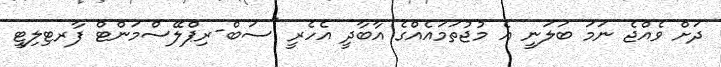
ދަށް ވެއްޖެ ނަމަ ބަލަނީ އެ މުޖުތަމައެއްގެ އާބާދީ އެހެރީ "ސަބް-ރިޕްލޭސްމަންޓް ފާރޓިލިޓީ